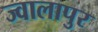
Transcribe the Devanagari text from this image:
ज्‍वालापुर